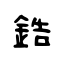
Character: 鋯